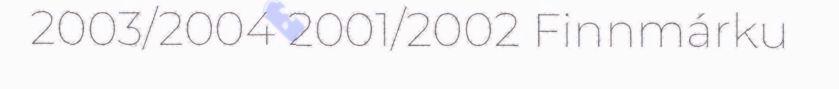
2003/2004 2001/2002 Finnmárku